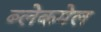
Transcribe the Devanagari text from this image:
ब्लेकमेल